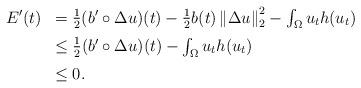
LaTeX: \begin{align*}\begin{array}{ll}E'(t)& =\frac{1}{2}(b'\circ\Delta u)(t)-\frac{1}{2}b(t)\left \| \Delta u \right \|_{2}^{2}-\int_{\Omega }u_{t}h(u_{t}) \medskip \\& \leq \frac{1}{2}(b'\circ\Delta u)(t)-\int_{\Omega }u_{t}h(u_{t}) \medskip \\& \leq 0.\end{array}\end{align*}